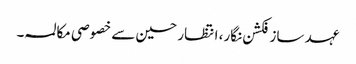
عہد ساز فکشن نگار، انتظار حسین سے خصوصی مکالمہ ۔